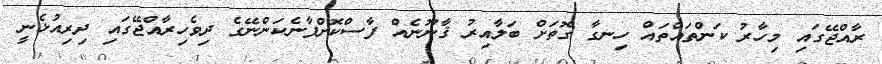
ރާއްޖޭގައި މިހާރު ކަންތައްތައް ހިނގާ ގޮތަށް ބަލާއިރު ޤާނޫނެއް ފާސްކޮށްފާނެކަންނޭގެ ދިވެހިރާއްޖޭގައި ދިރިއުޅެނީ